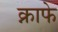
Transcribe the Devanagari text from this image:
क्नाफे